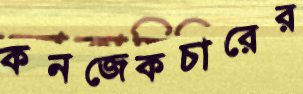
কনজেকচারের